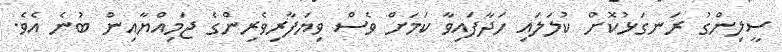
ސީލިންގު ރަނގަޅުކޮށް ކުލަލައި ހަދާފައިވާ ކަމަށް ވެސް ވިޔަފާރިވެރިންގެ ޖަމިއްޔާއިން ބުނެ އެވެ.